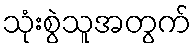
သုံးစွဲသူအတွက်